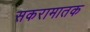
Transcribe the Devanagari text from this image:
सकरामातक